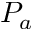
P _ { a }